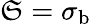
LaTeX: \mathfrak{S}=\sigma_{\mathrm{b}}